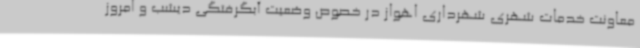
معاونت خدمات شهری شهرداری اهواز در خصوص وضعیت آبگرفتگی دیشب و امروز